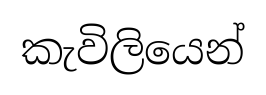
කැවිලියෙන්